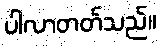
ပါလာတတ်သည်။